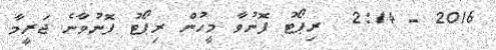
2016 - 2:14  ރިޕޯޓު ފޮނުވާ މީހުން ރިޕޯޓު ފޮނުވާނެ ޖަރީމާ